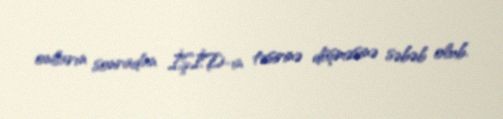
onların sonradan İŞİD-in təsirinə düşməsinə səbəb olub.